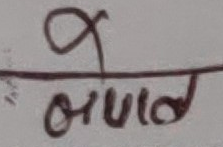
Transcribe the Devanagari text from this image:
९ ओवीएल